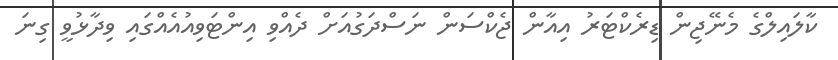
ކާލައިލްގެ މެނޭޖިން ޑިރެކްޓަރު އިއާން ޖެކްސަން ނަސްދަގުއަށް ދެއްވި އިންޓަވިއުއެއްގައި ވިދާޅުވީ ގިނަ